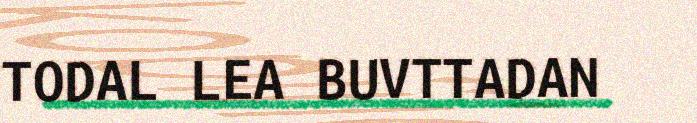
TODAL LEA BUVTTADAN